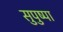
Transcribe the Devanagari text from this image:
सुपुष्पा